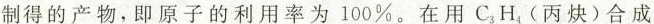
制得的产物，即原子的利用率为100%。在用C_{3}H_{4}(丙炔)合成